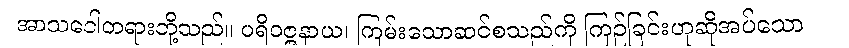
အာသဝေါတရားတို့သည်။ ပရိဝဇ္ဇနာယ၊ ကြမ်းသောဆင်စသည်ကို ကြဉ်ခြင်းဟုဆိုအပ်သော